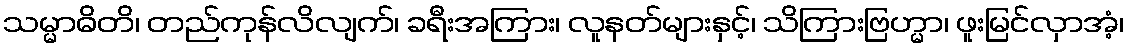
သမ္မာဓိတိ၊ တည်ကုန်လိလျက်၊ ခရီးအကြား၊ လူနတ်များနှင့်၊ သိကြားဗြဟ္မာ၊ ဖူးမြင်လှာအံ့၊